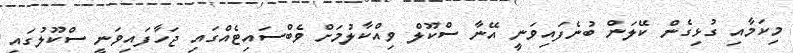
މިކަމާއި ގުޅިގެން ކޭލަން ބުނެފައިވަނީ އޭނާ ސްކޫލް ވިއްކާލުމަށް ވެބްސައިޓެއްގައި ޖަހާފައިވަނީ ސްކޫލުގައި